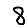
Digit: 8